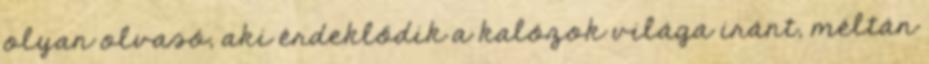
olyan olvasó, aki érdeklődik a kalózok világa iránt, méltán